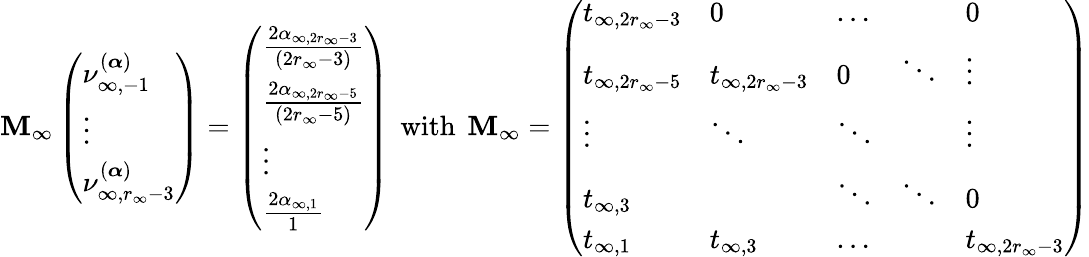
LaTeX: \mathbf{M}_{\infty}\left(\begin{array}{l}{\nu_{\infty,-1}^{(\boldsymbol{\alpha})}}\\ {\vdots}\\ {\nu_{\infty,r_{\infty}-3}^{(\boldsymbol{\alpha})}}\end{array}\right)=\left(\begin{array}{l}{\frac{2\alpha_{\infty,2r_{\infty}-3}}{(2r_{\infty}-3)}}\\ {\frac{2\alpha_{\infty,2r_{\infty}-5}}{(2r_{\infty}-5)}}\\ {\vdots}\\ {\frac{2\alpha_{\infty,1}}{1}}\end{array}\right)\, \mathrm{{~with~}}\, \mathbf{M}_{\infty}=\left(\begin{array}{lllll}{t_{\infty,2r_{\infty}-3}}&{0}&{\dots}&&{0}\\ {t_{\infty,2r_{\infty}-5}}&{t_{\infty,2r_{\infty}-3}}&{0}&{\ddots}&{\vdots}\\ {\vdots}&{\ddots}&{\ddots}&&{\vdots}\\ {t_{\infty,3}}&&{\ddots}&{\ddots}&{0}\\ {t_{\infty,1}}&{t_{\infty,3}}&{\dots}&&{t_{\infty,2r_{\infty}-3}}\end{array}\right)